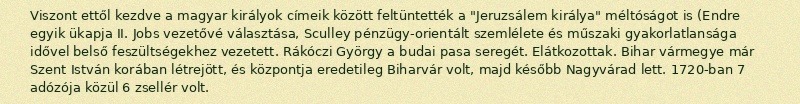
Viszont ettől kezdve a magyar királyok címeik között feltüntették a "Jeruzsálem királya" méltóságot is (Endre egyik ükapja II. Jobs vezetővé választása, Sculley pénzügy-orientált szemlélete és műszaki gyakorlatlansága idővel belső feszültségekhez vezetett. Rákóczi György a budai pasa seregét. Elátkozottak. Bihar vármegye már Szent István korában létrejött, és központja eredetileg Biharvár volt, majd később Nagyvárad lett​. 1720-ban 7 adózója közül 6 zsellér volt.